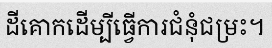
ដីគោកដើម្បីធ្វើការជំនុំជម្រះ។